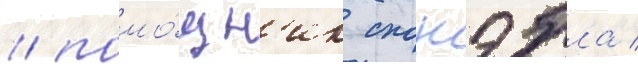
/ помо́щн'ик спонэбла /